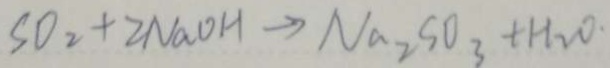
S O _ { 2 } + 2 N a O H \rightarrow N a _ { 2 } S O _ { 3 } + H _ { 2 } O